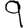
Digit: 9